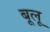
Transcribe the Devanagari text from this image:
बूलू